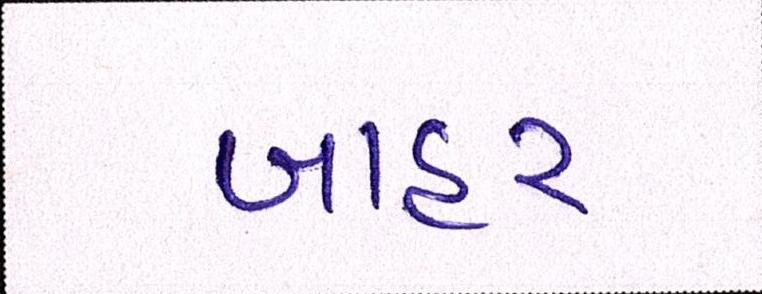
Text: બાહર